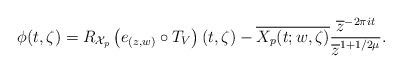
LaTeX: \begin{align*}\phi(t,\zeta) = R_{\mathcal{X}_p}\left(e_{(z,w)}\circ T_V\right)(t,\zeta)-\overline{X_p(t;w,\zeta)}\frac{\overline{z}^{-2\pi it}}{\overline{z}^{1+1/2\mu}}.\end{align*}